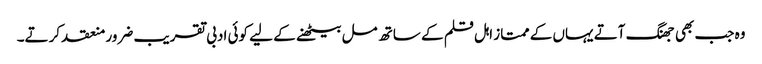
وہ جب بھی جھنگ آتے یہاں کے ممتاز اہل قلم کے ساتھ مل بیٹھنے کے لیے کوئی ادبی تقریب ضرور منعقد کرتے۔